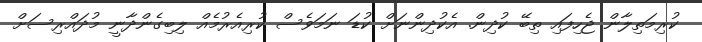
ކުރިމަތިލާން ޖެހިފައި ތިބޭ ކުދިން. އެކުދިންނަށް ކުޑަ ނަމަވެސް ކުރިއެރުމެއް ލިބިގެންދާނީ މުދައްރިސަށް